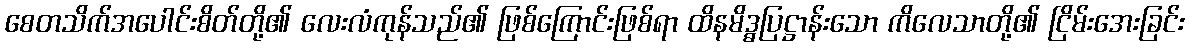
စေတသိက်အပေါင်းစိတ်တို့၏ လေးလံကုန်သည်၏ ဖြစ်ကြောင်းဖြစ်ရာ ထိနမိဒ္ဓပြဋ္ဌာန်းသော ကိလေသာတို့၏ ငြိမ်းအေးခြင်း